Anatomy and histology of ticks - Number 23
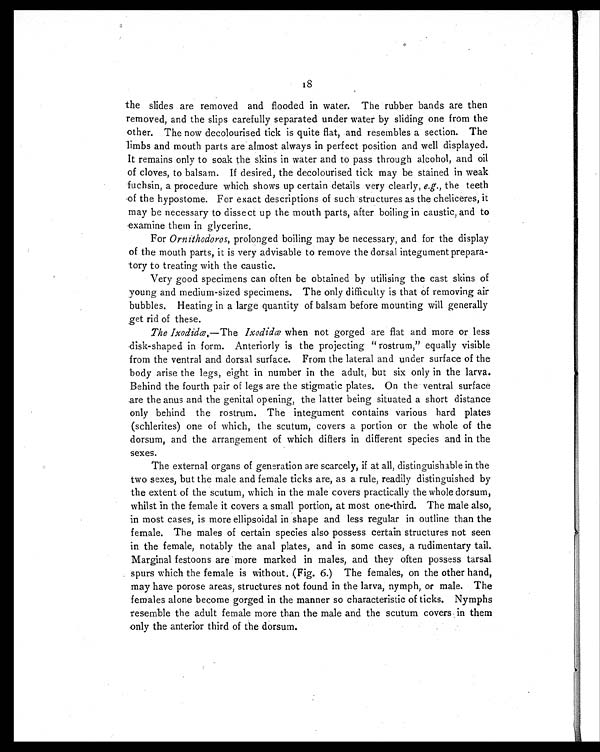
18
the slides are removed and flooded in water. The rubber bands are then
removed, and the slips carefully separated under water by sliding one from the
other. The now decolourised tick is quite flat, and resembles a section. The
limbs and mouth parts are almost always in perfect position and well displayed.
It remains only to soak the skins in water and to pass through alcohol, and oil
of cloves, to balsam. If desired, the decolourised tick may be stained in weak
fuchsin, a procedure which shows up certain details very clearly, e.g., the teeth
of the hypostome. For exact descriptions of such structures as the cheliceres, it
may be necessary to dissect up the mouth parts, after boiling in caustic, and to
examine them in glycerine.
For Ornithodoros, prolonged boiling may be necessary, and for the display
of the mouth parts, it is very advisable to remove the dorsal integument prepara-
tory to treating with the caustic.
Very good specimens can often be obtained by utilising the cast skins of
young and medium-sized specimens. The only difficulty is that of removing air
bubbles. Heating in a large quantity of balsam before mounting will generally
get rid of these.
The Ixodidæ.—The Ixodidæ when not gorged are flat and more or less
disk-shaped in form. Anteriorly is the projecting " rostrum," equally visible
from the ventral and dorsal surface. From the lateral and under surface of the
body arise the legs, eight in number in the adult, but six only in the larva.
Behind the fourth pair of legs are the stigmatic plates. On the ventral surface
are the anus and the genital opening, the latter being situated a short distance
only behind the rostrum. The integument contains various hard plates
(schlerites) one of which, the scutum, covers a portion or the whole of the
dorsum, and the arrangement of which differs in different species and in the
sexes.
The external organs of generation are scarcely, if at all, distinguishable in the
two sexes, but the male and female ticks are, as a rule, readily distinguished by
the extent of the scutum, which in the male covers practically the whole dorsum,
whilst in the female it covers a small portion, at most one-third. The male also,
in most cases, is more ellipsoidal in shape and less regular in outline than the
female. The males of certain species also possess certain structures not seen
in the female, notably the anal plates, and in some cases, a rudimentary tail.
Marginal festoons are more marked in males, and they often possess tarsal
spurs which the female is without. (Fig. 6.) The females, on the other hand,
may have porose areas, structures not found in the larva, nymph, or male. The
females alone become gorged in the manner so characteristic of ticks. Nymphs
resemble the adult female more than the male and the scutum covers in them
only the anterior third of the dorsum.